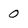
Character: 0